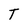
Character: T